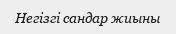
Негізгі сандар жиыны